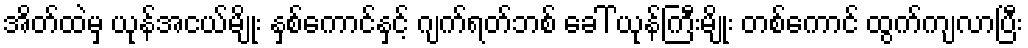
အိတ်ထဲမှ ယုန်အငယ်မျိုး နှစ်ကောင်နှင့် ဂျက်ရတ်ဘစ် ခေါ် ယုန်ကြီးမျိုး တစ်ကောင် ထွက်ကျလာပြီး